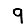
Digit: 9